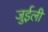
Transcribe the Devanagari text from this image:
जुईली